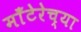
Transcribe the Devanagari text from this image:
माँटेरेच्या